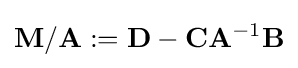
\mathbf {M} /\mathbf {A} :=\mathbf {D} -\mathbf {C} \mathbf {A} ^{-1}\mathbf {B}